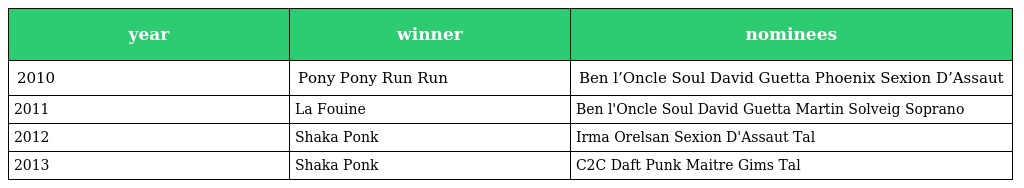
| year | winner | nominees |
 | --- | --- | --- |
 | 2010 | Pony Pony Run Run | Ben l’Oncle Soul David Guetta Phoenix Sexion D’Assaut |
 | 2011 | La Fouine | Ben l'Oncle Soul David Guetta Martin Solveig Soprano |
 | 2012 | Shaka Ponk | Irma Orelsan Sexion D'Assaut Tal |
 | 2013 | Shaka Ponk | C2C Daft Punk Maitre Gims Tal |